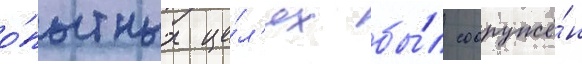
о́пытных це́л'ях бы́л сооружё́н